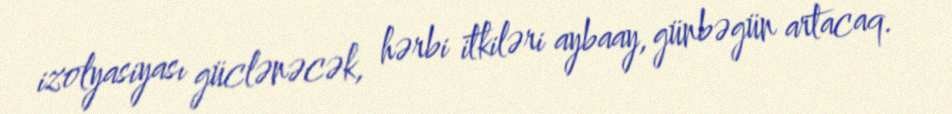
izolyasiyası güclənəcək, hərbi itkiləri aybaay, günbəgün artacaq.